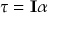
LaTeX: \tau = \mathbf { I } \alpha